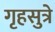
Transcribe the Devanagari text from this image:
गृहसुत्रे